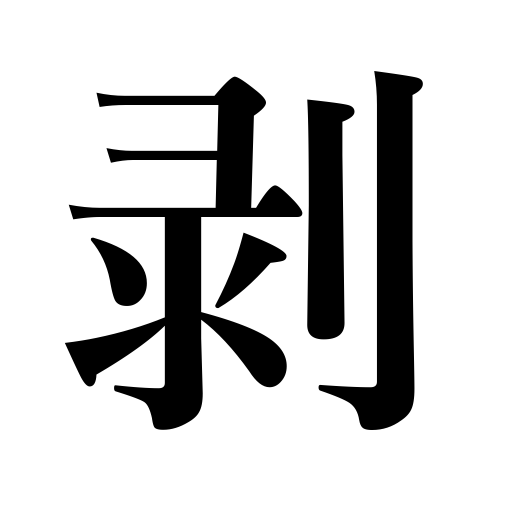
Meanings: be worn off,come off,rip off,discolor,skin,strip off,peel off,fade,disrobe,deprive of,flay